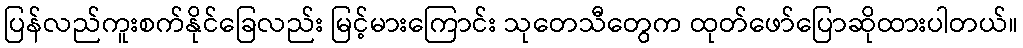
ပြန်လည်ကူးစက်နိုင်ခြေလည်း မြင့်မားကြောင်း သုတေသီတွေက ထုတ်ဖော်ပြောဆိုထားပါတယ်။